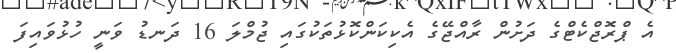
އެ ޕްރޮޖްކެޓްގެ ދަށުން ރާއްޖޭގެ އެކިކަންކޮޅުތަކުގައި ޖުމްލަ 16 ދަނޑު ވަނީ ހުޅުވައިފަ